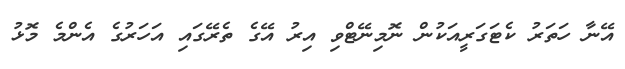
އޭނާ ހަތަރު ކެޓަގަރީއަކުން ނޮމިނޭޓްވި އިރު އޭގެ ތެރޭގައި އަހަރުގެ އެންމެ މޮޅު